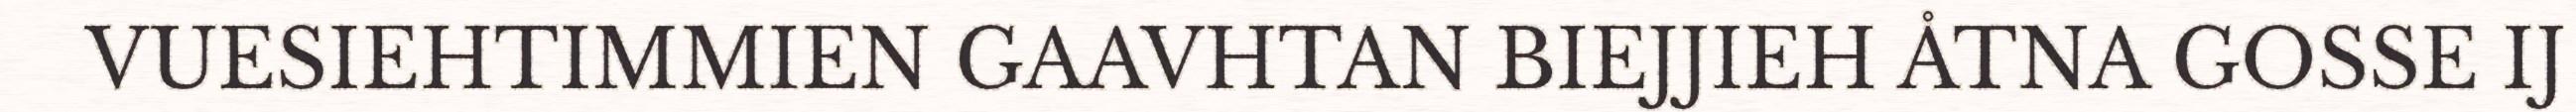
VUESIEHTIMMIEN GAAVHTAN BIEJJIEH ÅTNA GOSSE IJ